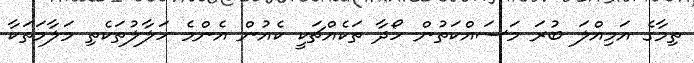
ތިމާގެ އަމިއްލަ ބުރަ މަސައްކަތުން ހޯދާ ތަކެއްޗަކީ ކެއުން އެންމެ ހަލާލުތަކެތި މަލާމަތަކާ